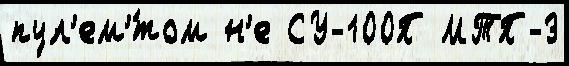
пул'ем'́том н'е СУ-100П МТП-3